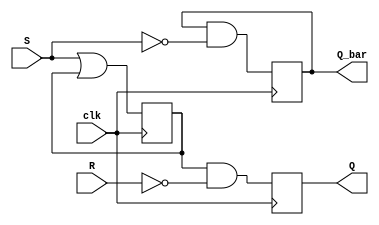
module sr_flip_flop(
  input wire clk, // Clock signal
  input wire S,    // Set input
  input wire R,    // Reset input
  output reg Q,    // Output
  output reg Q_bar // Output complement
);

reg master_latch, slave_latch;

always @(posedge clk) begin
  master_latch <= S | master_latch;
  slave_latch <= R | slave_latch;
end

always @(posedge clk) begin
  Q <= master_latch & ~R;
  Q_bar <= Q_bar & ~S;
end

endmodule